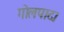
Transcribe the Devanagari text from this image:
गोलपाद।